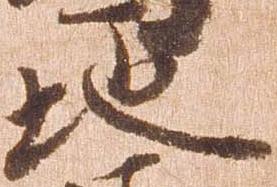
地